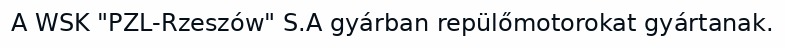
A WSK "PZL-Rzeszów" S.A gyárban repülőmotorokat gyártanak.